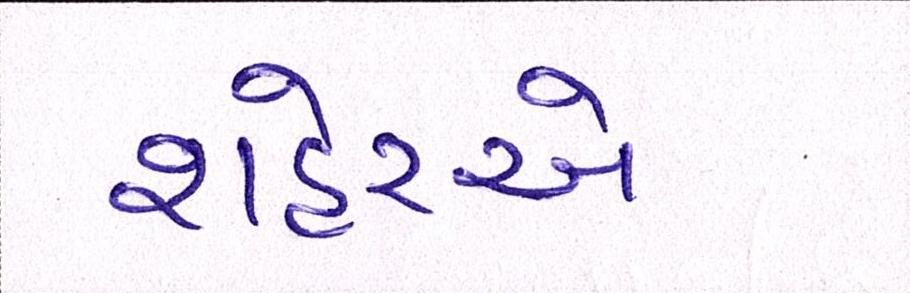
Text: શહેરએ